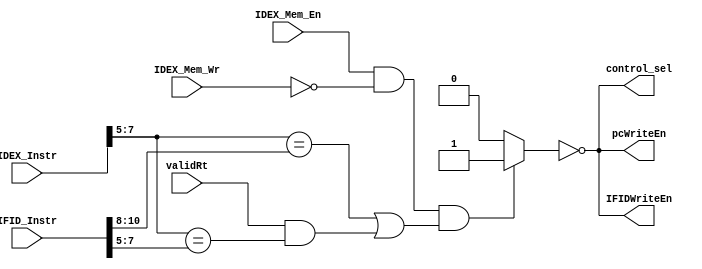
module hazard_detect(pcWriteEn, IFIDWriteEn, control_sel, validRt, IDEX_Instr, IFID_Instr, IDEX_Mem_En, IDEX_Mem_Wr);

    input [15:0] IDEX_Instr, IFID_Instr;
    input IDEX_Mem_En, IDEX_Mem_Wr;
    input validRt;
    output pcWriteEn, IFIDWriteEn, control_sel;
    wire stall;

    // your fancy code goes here
    
    assign stall = IDEX_Mem_En && ~IDEX_Mem_Wr && ((IDEX_Instr[7:5] == IFID_Instr[10:8]) || (validRt & (IDEX_Instr[7:5] == IFID_Instr[7:5]))) ? 1'b1 : 1'b0;
    assign pcWriteEn = ~stall;
    assign IFIDWriteEn  = ~stall;
    assign control_sel = ~stall;

endmodule